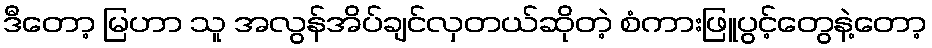
ဒီတော့ မြဟာ သူ အလွန်အိပ်ချင်လှတယ်ဆိုတဲ့ စံကားဖြူပွင့်တွေနဲ့တော့